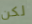
لكن